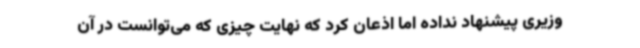
‌وزیری پیشنهاد نداده اما اذعان کرد که نهایت چیزی که می‌توانست در آن